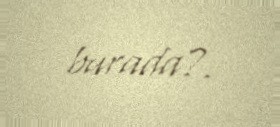
burada?.